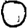
Digit: 0